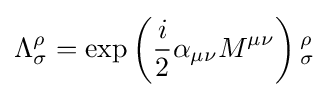
\Lambda _{\sigma }^{\rho }=\exp \left({\frac {i}{2}}\alpha _{\mu \nu }M^{\mu \nu }\right){}_{\sigma }^{\rho }